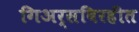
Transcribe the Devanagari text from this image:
गिअर्सविरहीत